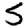
Digit: 5